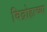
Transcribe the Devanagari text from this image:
विद्रोहाच्या